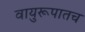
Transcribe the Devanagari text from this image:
वायुरूपातच